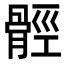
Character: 𩩋